Scottish Certificate of Education, 1962
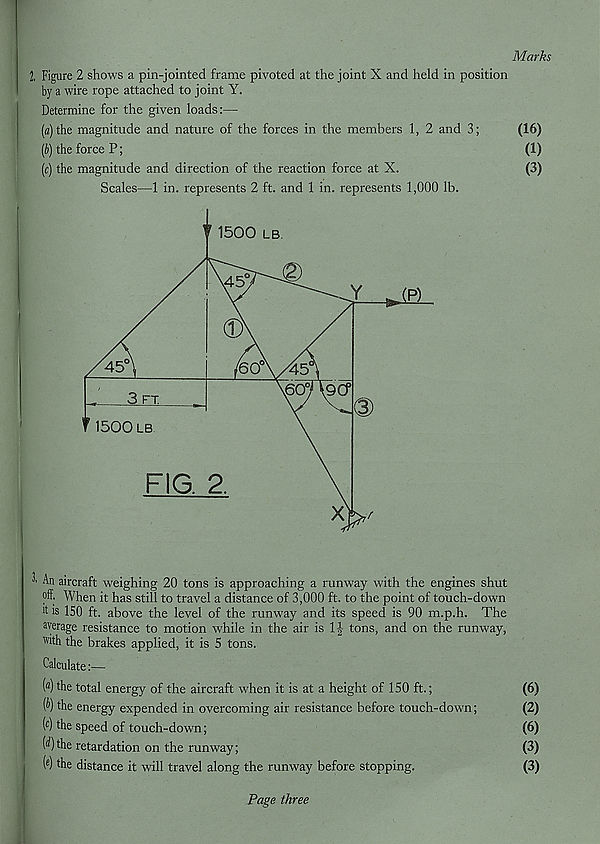
Marks
2, Figure 2 shows a pin-jointed frame pivoted at the joint X and held in position
by a wire rope attached to joint Y.
Determine for the given loads:—
(а) the magnitude and nature of the forces in the members 1, 2 and 3;
(16)
(б) the force P;
(1)
(c) the magnitude and direction of the reaction force at X.
(3)
Scales—1 in. represents 2 ft. and 1 in. represents 1,000 lb.
' ^ aircraft weighing 20 tons is approaching a runway with the engines shut
off. When it has still to travel a distance of 3,000 ft. to the point of touch-down
is 150 ft. above the level of the runway and its speed is 90 m.p.h. The
average resistance to motion while in the air is 1| tons, and on the runway,
with the brakes applied, it is 5 tons.
Calculate:—
( a ) the total energy of the aircraft when it is at a height of 150 ft.;
(6)
(^) the energy expended in overcoming air resistance before touch-down;
(2)
( c ) the speed of touch-down;
(6)
(^)the retardation on the runway;
(3)
( e ) the distance it will travel along the runway before stopping.
(3)
Page three